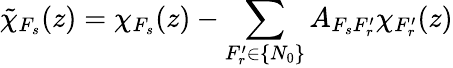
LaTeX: \tilde{\chi}_{F_{s}}(z)=\chi_{F_{s}}(z)-\sum_{F_{r}^{\prime}\in\{ N_{0}\} }A_{F_{s}F_{r}^{\prime}}\chi_{F_{r}^{\prime}}(z)